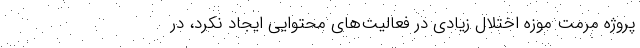
پروژه مرمت موزه اختلال زیادی در فعالیت‌های محتوایی ایجاد نکرد، در